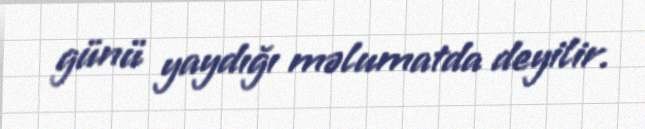
günü yaydığı məlumatda deyilir.